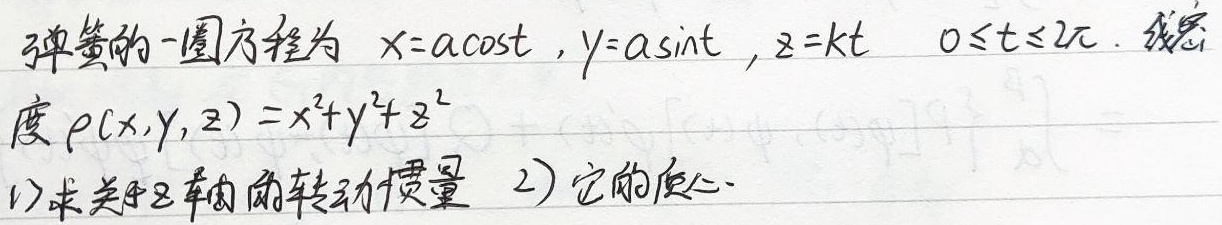
弹簧的一圈方程为 \(x = a\cos t, y = a\sin t, z = kt\)，\(0\leq t\leq 2\pi\)。线密度 \(\rho(x,y,z)=x^{2}+y^{2}+z^{2}\)。
1) 求关于 \(z\) 轴的转动惯量。
2) 求它的质心。